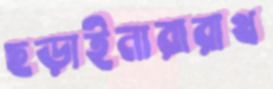
ছড়াইনারারাখ